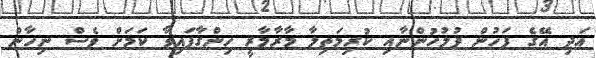
އަދި އޭގެ ފަހުން ފުލުހުންނާއި ކުރިމަތިލާ މާރާމާރީ ހިންގާފައިވާ ކަމަށް ވެސް ނިހާން